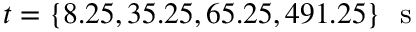
t = \{ 8 . 2 5 , 3 5 . 2 5 , 6 5 . 2 5 , 4 9 1 . 2 5 \} \ \mathrm { ~ s ~ }